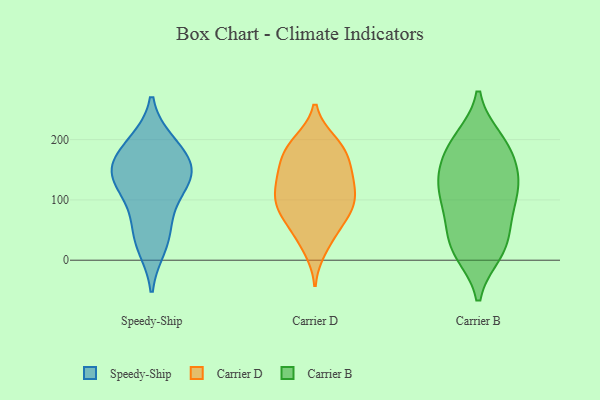
{"axis": {"x": "Net Income (USD K)", "y": "Value"}, "legend": ["Carrier B", "Carrier D", "Speedy-Ship"], "data": [{"x": "", "y": 23, "type": "Speedy-Ship"}, {"x": "", "y": 189, "type": "Speedy-Ship"}, {"x": "", "y": 139, "type": "Speedy-Ship"}, {"x": "", "y": 142, "type": "Speedy-Ship"}, {"x": "", "y": 195, "type": "Speedy-Ship"}, {"x": "", "y": 157, "type": "Speedy-Ship"}, {"x": "", "y": 81, "type": "Speedy-Ship"}, {"x": "", "y": 149, "type": "Speedy-Ship"}, {"x": "", "y": 42, "type": "Speedy-Ship"}, {"x": "", "y": 118, "type": "Speedy-Ship"}, {"x": "", "y": 125, "type": "Carrier D"}, {"x": "", "y": 147, "type": "Carrier D"}, {"x": "", "y": 167, "type": "Carrier D"}, {"x": "", "y": 185, "type": "Carrier D"}, {"x": "", "y": 110, "type": "Carrier D"}, {"x": "", "y": 19, "type": "Carrier D"}, {"x": "", "y": 150, "type": "Carrier D"}, {"x": "", "y": 53, "type": "Carrier D"}, {"x": "", "y": 196, "type": "Carrier D"}, {"x": "", "y": 36, "type": "Carrier D"}, {"x": "", "y": 192, "type": "Carrier D"}, {"x": "", "y": 189, "type": "Carrier D"}, {"x": "", "y": 126, "type": "Carrier D"}, {"x": "", "y": 86, "type": "Carrier D"}, {"x": "", "y": 106, "type": "Carrier D"}, {"x": "", "y": 73, "type": "Carrier D"}, {"x": "", "y": 148, "type": "Carrier D"}, {"x": "", "y": 86, "type": "Carrier D"}, {"x": "", "y": 99, "type": "Carrier D"}, {"x": "", "y": 78, "type": "Carrier D"}, {"x": "", "y": 89, "type": "Carrier B"}, {"x": "", "y": 18, "type": "Carrier B"}, {"x": "", "y": 13, "type": "Carrier B"}, {"x": "", "y": 200, "type": "Carrier B"}, {"x": "", "y": 121, "type": "Carrier B"}, {"x": "", "y": 32, "type": "Carrier B"}, {"x": "", "y": 194, "type": "Carrier B"}, {"x": "", "y": 84, "type": "Carrier B"}, {"x": "", "y": 19, "type": "Carrier B"}, {"x": "", "y": 193, "type": "Carrier B"}, {"x": "", "y": 175, "type": "Carrier B"}, {"x": "", "y": 135, "type": "Carrier B"}, {"x": "", "y": 145, "type": "Carrier B"}, {"x": "", "y": 137, "type": "Carrier B"}, {"x": "", "y": 114, "type": "Carrier B"}, {"x": "", "y": 65, "type": "Carrier B"}]}